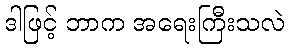
ဒါဖြင့် ဘာက အရေးကြီးသလဲ